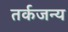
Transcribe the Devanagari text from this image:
तर्कजन्य